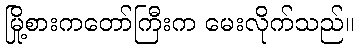
မြို့စားကတော်ကြီးက မေးလိုက်သည်။